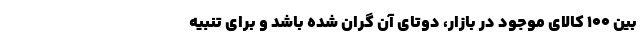
بین 100 کالای موجود در بازار، دوتای آن گران شده باشد و برای تنبیه